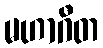
မဟာဂီတ